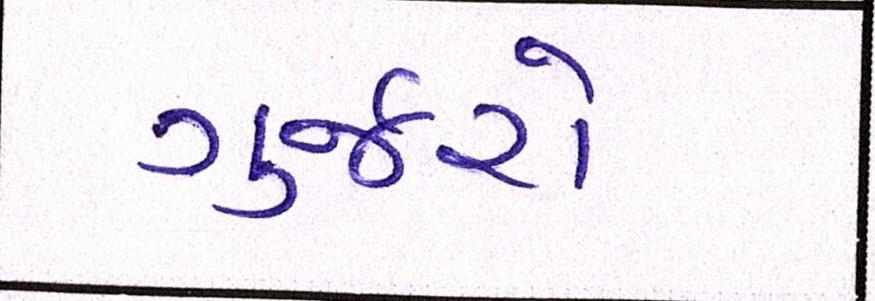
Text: ગુર્જરો